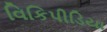
વિકિપીડિયા